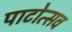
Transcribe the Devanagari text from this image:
पाटोत्सव